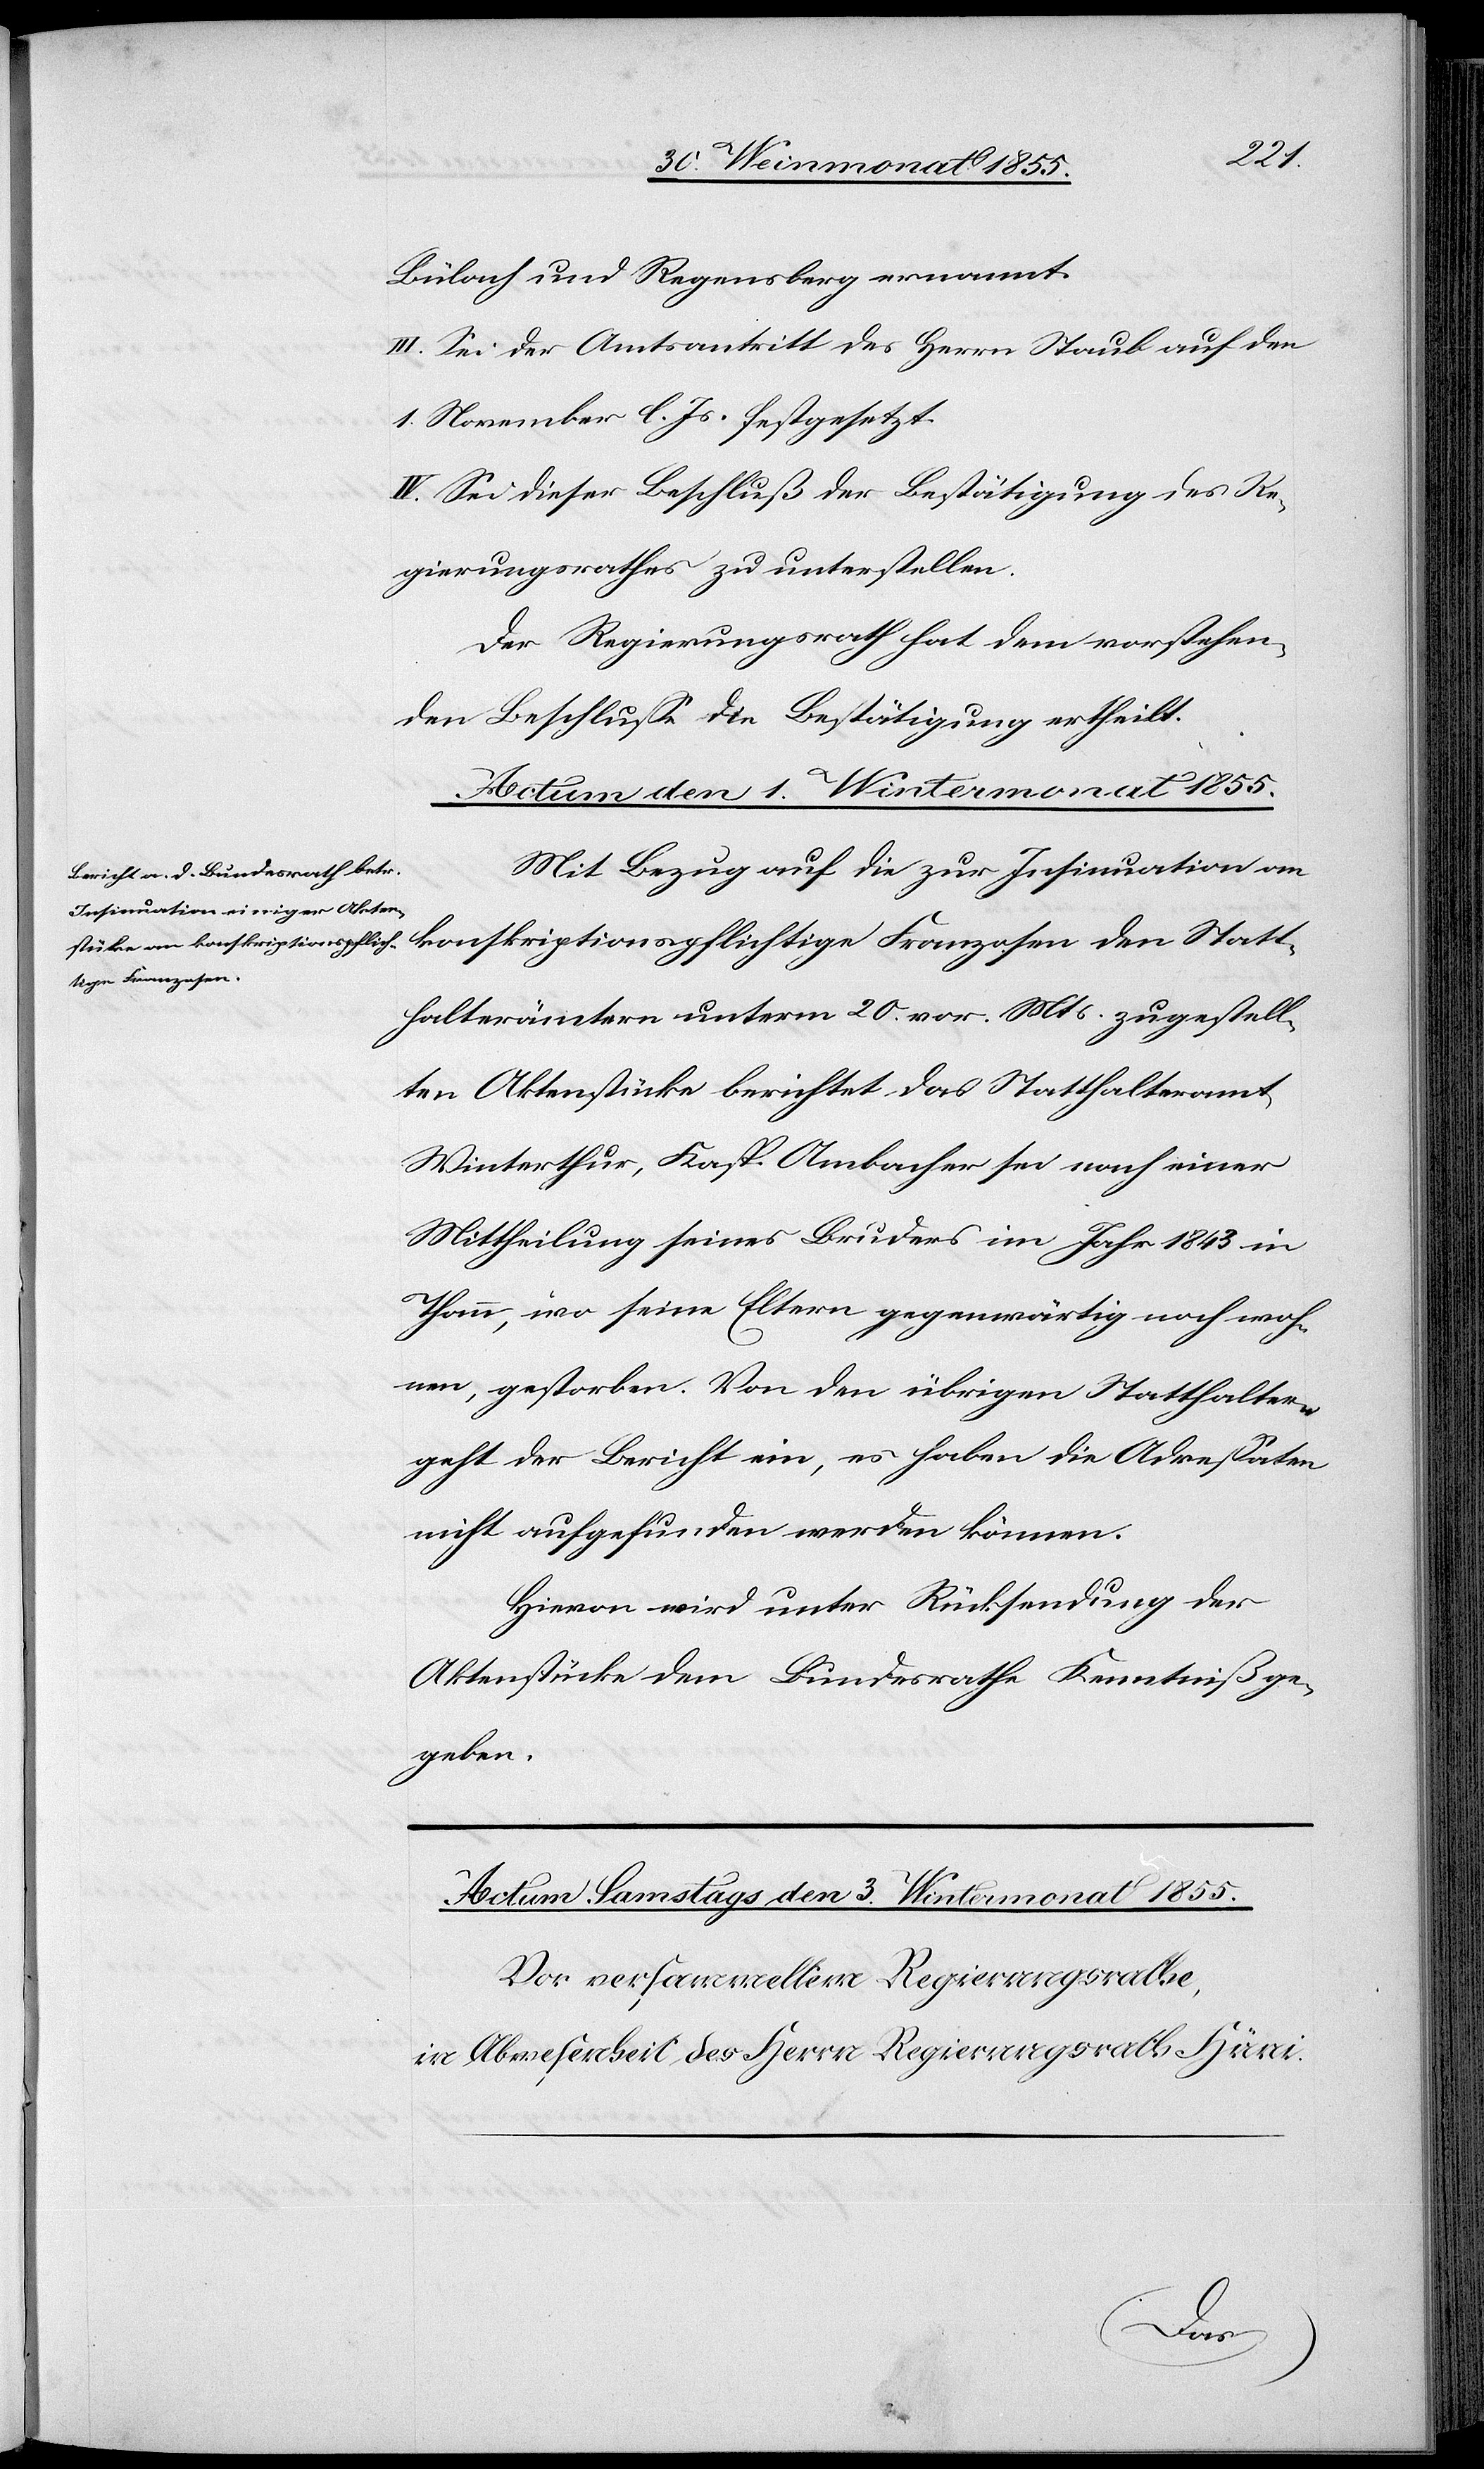
Bülach und Regensberg ernannt.
III. Sei der Amtsantritt des Herrn Staub auf den
1. November l. Js. festgesetzt.
IV. Sei dieser Beschluß der Bestätigung des Re¬
gierungsrathes zu unterstellen.
Der Regierungsrath hat dem vorstehen¬
den Beschlusse die Bestätigung ertheilt.
Actum den 1. Wintermonat 1855.
Mit Bezug auf die zur Insinuation an
konskriptionspflichtige Franzosen den Statt¬
halterämtern unterm 20. vor. Mts. zugestell¬
ten Aktenstücke berichtet das Statthalteramt
Winterthur, Kasp. Ambacher sei nach einer
Mittheilung seines Bruders im Jahr 1843 in
Thann, wo seine Eltern gegenwärtig noch woh¬
nen, gestorben. Von den übrigen Statthaltern
geht der Bericht ein, es haben die Adressaten
nicht aufgefunden werden können.
Hievon wird unter Rücksendung der
Aktenstücke dem Bundesrathe Kenntniß ge¬
geben.